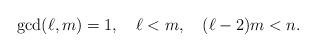
LaTeX: \begin{align*}\gcd(\ell,m)=1,\quad\ell<m,\quad(\ell-2)m<n.\end{align*}